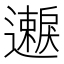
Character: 𫑐